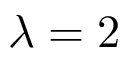
\lambda = 2